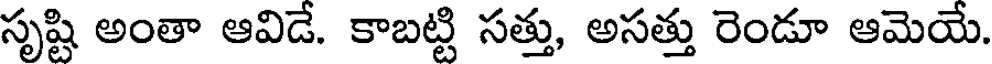
సృష్టి అంతా ఆవిడే. కాబట్టి సత్తు, అసత్తు రెండూ ఆమెయే.